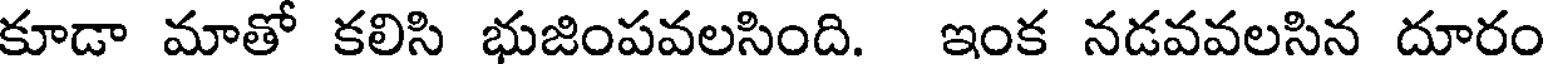
కూడా మాతో కలిసి భుజింపవలసింది. ఇంక నడవవలసిన దూరం